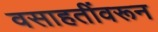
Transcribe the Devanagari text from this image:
वसाहतींवरून